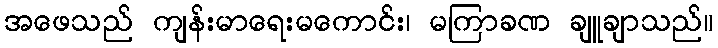
အဖေသည် ကျန်းမာရေးမကောင်း၊ မကြာခဏ ချူချာသည်။